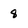
Character: 8